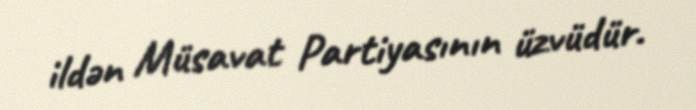
ildən Müsavat Partiyasının üzvüdür.